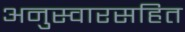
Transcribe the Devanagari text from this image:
अनुस्वारसहित